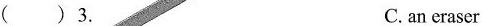
()3. C. an eraser